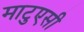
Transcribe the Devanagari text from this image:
माटुएसी